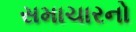
સમાચારનો